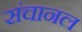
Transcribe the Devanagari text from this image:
संचानल